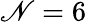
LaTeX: \mathscr{N}=6